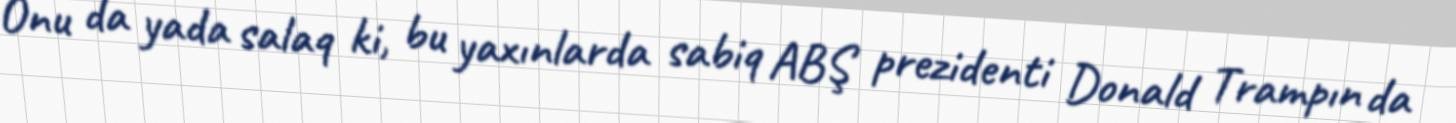
Onu da yada salaq ki, bu yaxınlarda sabiq ABŞ prezidenti Donald Trampın da